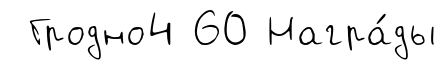
Гродно4 60 Награ́ды